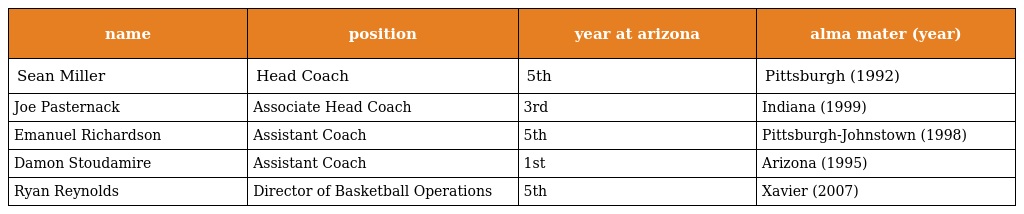
| name | position | year at arizona | alma mater (year) |
 | --- | --- | --- | --- |
 | Sean Miller | Head Coach | 5th | Pittsburgh (1992) |
 | Joe Pasternack | Associate Head Coach | 3rd | Indiana (1999) |
 | Emanuel Richardson | Assistant Coach | 5th | Pittsburgh-Johnstown (1998) |
 | Damon Stoudamire | Assistant Coach | 1st | Arizona (1995) |
 | Ryan Reynolds | Director of Basketball Operations | 5th | Xavier (2007) |